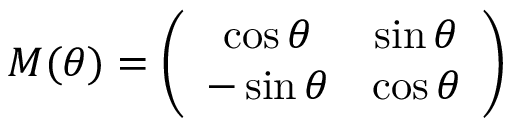
{ \cal M } ( \theta ) = \left( \begin{array} { c c } { { \cos \theta } } & { { \sin \theta } } \\ { { - \sin \theta } } & { { \cos \theta } } \end{array} \right)